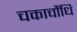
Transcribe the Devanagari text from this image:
चकाचौंधि